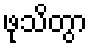
ဖုသိတွာ